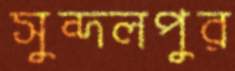
সুন্দলপুর